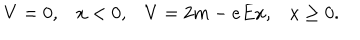
V = 0 , x < 0 , V = 2 m - e E x , x \geq 0 .